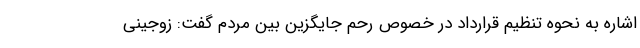
اشاره به نحوه تنظیم قرارداد در خصوص رحم جایگزین بین مردم گفت: زوجینی